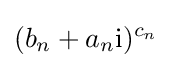
(b_{n}+a_{n}\mathrm {i} )^{c_{n}}